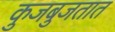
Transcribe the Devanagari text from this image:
कुजबुजतात